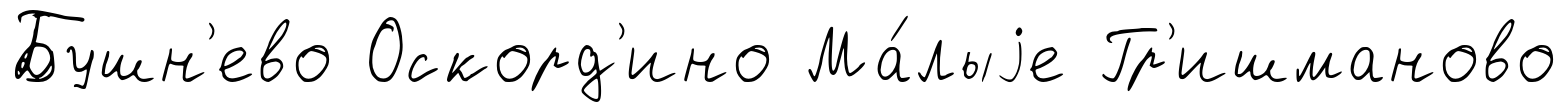
Бушн'ево Оскорд'ино Ма́лыjе Гр'ишманово